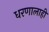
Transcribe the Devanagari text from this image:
धरणालाही